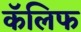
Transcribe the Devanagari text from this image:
कॅलिफ